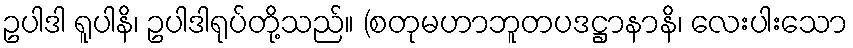
ဥပါဒါ ရူပါနိ၊ ဥပါဒါရုပ်တို့သည်။ (စတုမဟာဘူတပဒဋ္ဌာနာနိ၊ လေးပါးသော